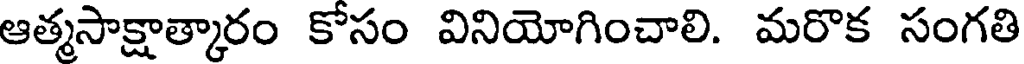
ఆత్మసాక్షాత్కారం కోసం వినియోగించాలి. మరొక సంగతి